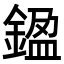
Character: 𨩙